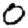
Digit: 0